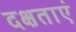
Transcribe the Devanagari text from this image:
दक्षताएं